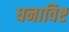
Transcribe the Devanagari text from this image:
धनाविष्ट